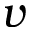
v